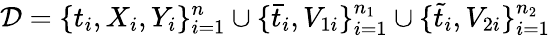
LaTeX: \mathcal{D}=\{ t_{i},X_{i},Y_{i}\} _{i=1}^{n}\cup\{ \bar{t}_{i},V_{1i}\} _{i=1}^{n_{1}}\cup\{ \tilde{t}_{i},V_{2i}\} _{i=1}^{n_{2}}